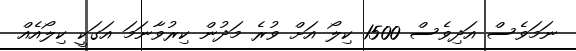
ނަމަވެސް އަދިވެސް 1500 ކިލޯ އަށް ވުރެ މަދުން ކިރުވާނަމަ އަގަކީ ކިލޯއެއް